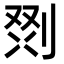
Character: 𭃲